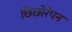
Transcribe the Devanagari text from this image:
छिछोरेपन